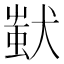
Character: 𤠷